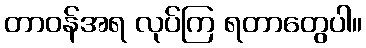
တာဝန်အရ လုပ်ကြ ရတာတွေပါ။